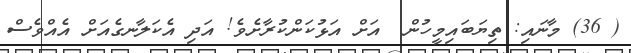
( 36) މާނައި: ތިޔަބައިމީހުން  އަށް އަޅުކަންކުރާށެވެ! އަދި އެކަލާނގެއަށް އެއްވެސް